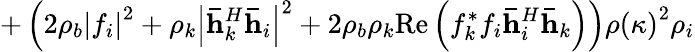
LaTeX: +\left(2\rho_{b}\left|f_{i}\right|^{2}+\rho_{k}\left|\mathbf{\bar{h}}_{k}^{H}\mathbf{\bar{h}}_{i}\right|^{2}+2\rho_{b}\rho_{k}\textrm{Re}\left(f_{k}^{*}f_{i}\mathbf{\bar{h}}_{i}^{H}\mathbf{\bar{h}}_{k}\right)\right)\rho\left(\kappa\right)^{2}\rho_{i}